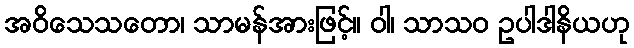
အဝိသေသတော၊ သာမန်အားဖြင့်။ ဝါ၊ သာသဝ ဥပါဒါနိယဟု